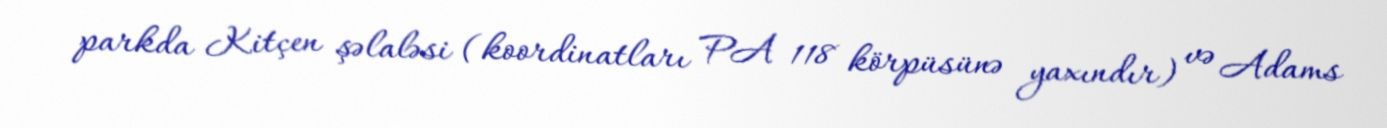
parkda Kitçen şəlaləsi (koordinatları PA 118 körpüsünə yaxındır) və Adams